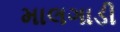
માલગાડી